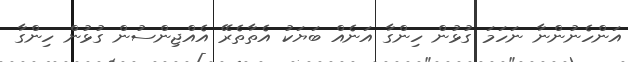
އަންހެނުންނާ ނަހަމަ ގުޅުން ހިންގާ އަނެއް ބަޔަކު އެތާތެރޭ އެއްޖިންސުން ގުޅުން ހިންގާ